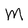
Character: M